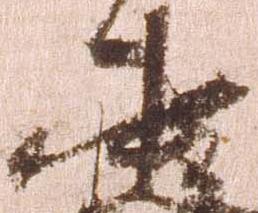
中